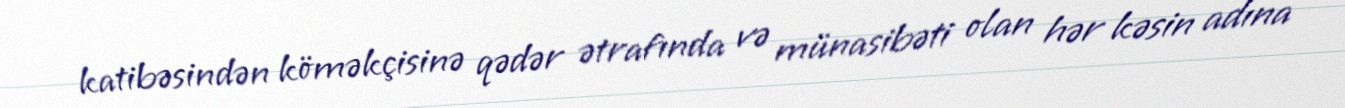
katibəsindən köməkçisinə qədər ətrafında və münasibəti olan hər kəsin adına